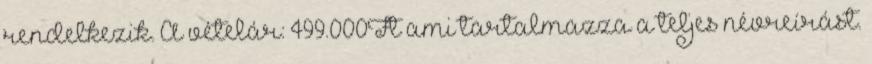
rendelkezik. A vételár: 499.000Ft ami tartalmazza a teljes névreírást.